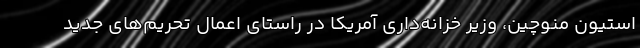
استیون منوچین، وزیر خزانه‌داری آمریکا در راستای اعمال تحریم‌های جدید